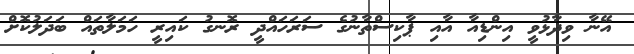
އޭނާ ވިދާޅުވީ އިންޑިއާ އާއި ޕާކިސްތާނުގެ ސަރަހައްދީ ރޮނގު ކައިރީ ހަމަލާތައް ބަދަލުކޮށް